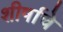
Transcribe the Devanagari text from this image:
शीर्षाचे